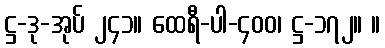
ဋ္ဌ-ဒု-အုပ် ၂၄၁။ ထေရီ-ပါ-၄၀၀၊ ဋ္ဌ-၁၇၂။ ။